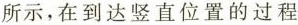
所示，在到达竖直位置的过程